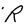
Character: R